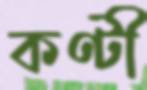
কণ্টী